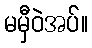
မမှီဝဲအပ်။